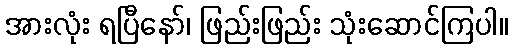
အားလုံး ရပြီနော်၊ ဖြည်းဖြည်း သုံးဆောင်ကြပါ။